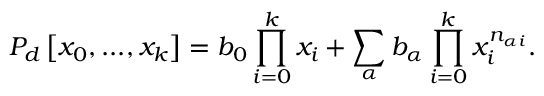
P _ { d } \left[ x _ { 0 } , . . . , x _ { k } \right] = b _ { 0 } \prod _ { i = 0 } ^ { k } x _ { i } + \sum _ { \alpha } b _ { \alpha } \prod _ { i = 0 } ^ { k } x _ { i } ^ { n _ { \alpha i } } .